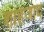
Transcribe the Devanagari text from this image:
शाहजाद